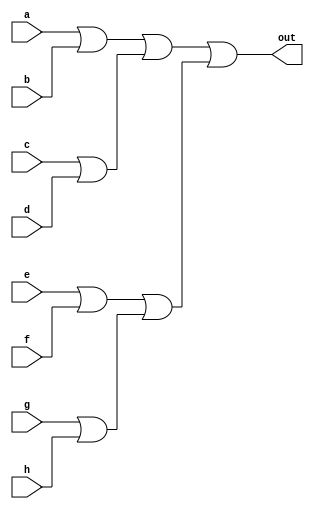
`ifndef _Or8Way_
`define _Or8Way_

module Or8Way (out,a,b,c,d,e,f,g,h);
  input a,b,c,d,e,f,g,h; 
  output out;
  wire w1,w2,w3,w4,w5,w6;

  //Descrio
  or or0(out,w1,w2);
  or or1(w1,w3,w4);
  or or2(w3,a,b);
  or or3(w4,c,d);
  or or4(w2,w5,w6);
  or or5(w5,e,f);
  or or6(w6,g,h);

endmodule
`endif